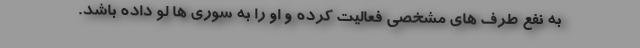
به نفع طرف‌ های مشخصی فعالیت کرده و او را به سوری ‌ها لو داده باشد.